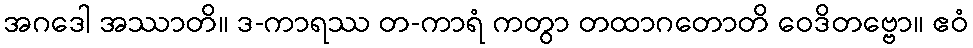
အဂဒေါ အဿာတိ။ ဒ-ကာရဿ တ-ကာရံ ကတွာ တထာဂတောတိ ဝေဒိတဗ္ဗော။ ဧဝံ